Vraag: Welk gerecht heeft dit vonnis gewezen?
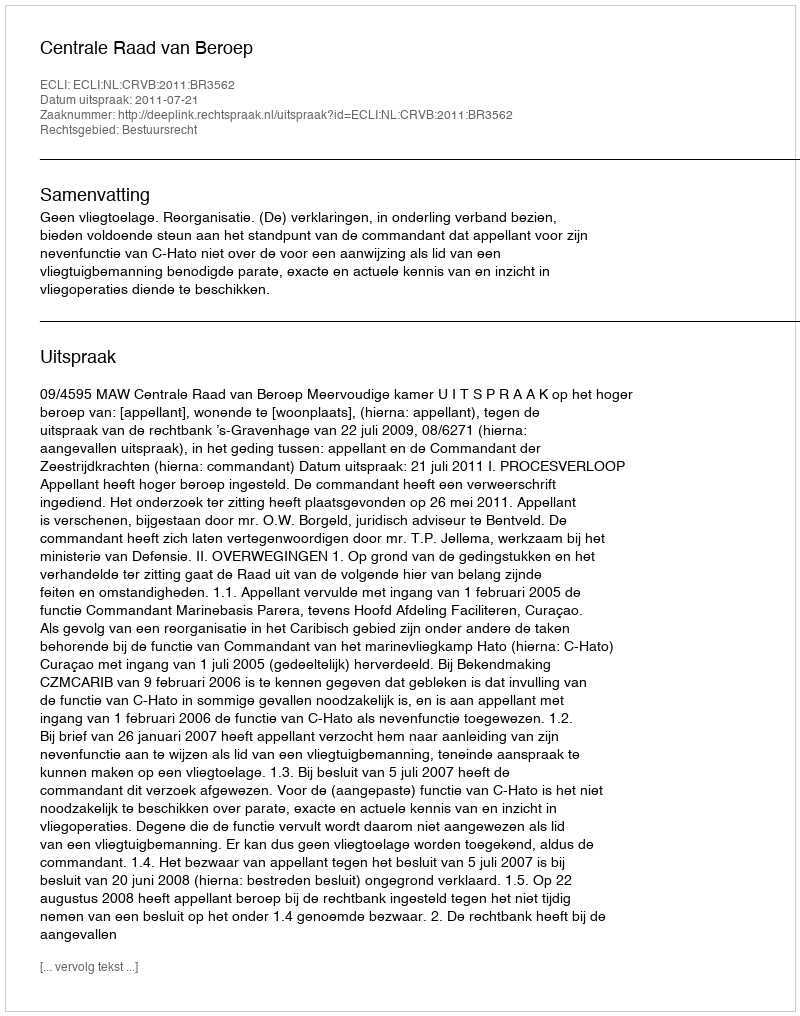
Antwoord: Centrale Raad van Beroep